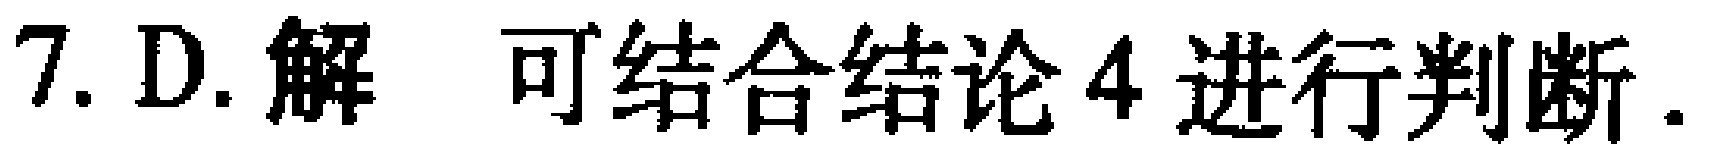
7. D. 解 可结合结论4进行判断.